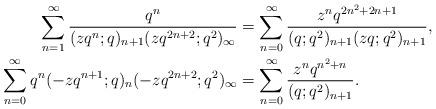
LaTeX: \begin{align*}\sum_{n=1}^{\infty} \frac{q^n}{(zq^n;q)_{n+1} (zq^{2n+2};q^2)_{\infty}} &=\sum_{n=0}^{\infty} \frac{z^nq^{2n^2+2n+1}}{(q;q^2)_{n+1} (zq;q^2)_{n+1}},\\\sum_{n=0}^{\infty} q^n(-zq^{n+1};q)_{n} (-zq^{2n+2};q^2)_{\infty} &=\sum_{n=0}^{\infty} \frac{z^n q^{n^2+n}}{(q;q^2)_{n+1}}.\end{align*}